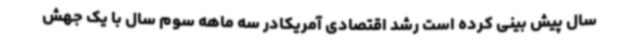
سال پیش بینی کرده است رشد اقتصادی آمریکادر سه ماهه سوم سال با یک جهش